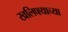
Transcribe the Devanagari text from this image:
खलिफ्याच्या